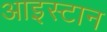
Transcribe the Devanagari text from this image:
आइस्टान